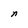
Character: n